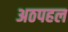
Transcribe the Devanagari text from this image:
अठपहल